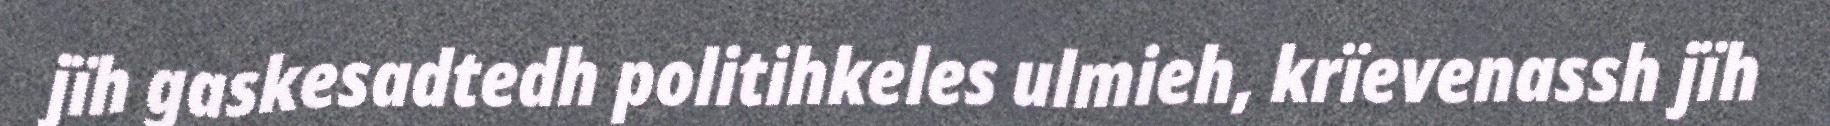
jïh gaskesadtedh politihkeles ulmieh, krïevenassh jïh